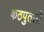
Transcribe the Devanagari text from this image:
कठपुतली